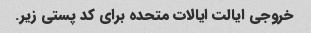
خروجی ایالت ایالات متحده برای کد پستی زیر.